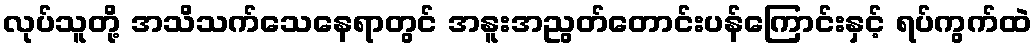
လုပ်သူတို့ အသိသက်သေနေရာတွင် အနူးအညွတ်တောင်းပန်ကြောင်းနှင့် ရပ်ကွက်ထဲ